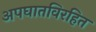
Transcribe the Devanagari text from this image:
अपघातविरहित